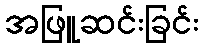
အဖြူဆင်းခြင်း